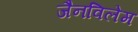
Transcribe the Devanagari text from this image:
जैनविलेम